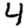
Digit: 4